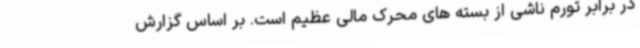
در برابر تورم ناشی از بسته های محرک مالی عظیم است. بر اساس گزارش